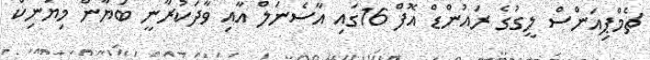
ޗެމްޕިއަންސް ލީގުގެ ރައުންޑް އޮފް 16ގައި އާސެނަލް އާއި ވާދަކުރާނީ ބަޔާން މިޔުނިކް